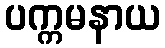
ပက္ကမနာယ